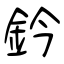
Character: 鈐